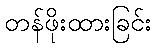
တန်ဖိုးထားခြင်း